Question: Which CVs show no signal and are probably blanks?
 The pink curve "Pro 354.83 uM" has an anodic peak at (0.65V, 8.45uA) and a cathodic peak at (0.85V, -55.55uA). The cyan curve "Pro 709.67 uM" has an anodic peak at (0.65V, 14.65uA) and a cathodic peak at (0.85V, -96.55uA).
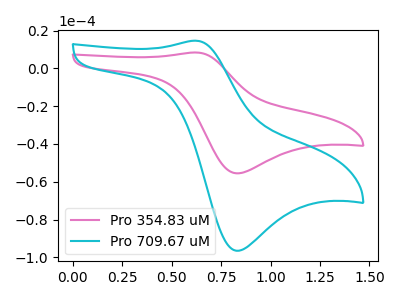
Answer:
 <answer>There are not any CV's on this graph that are likely to be blanks.</answer>
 <eval>none</eval>